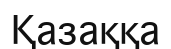
Қазаққа